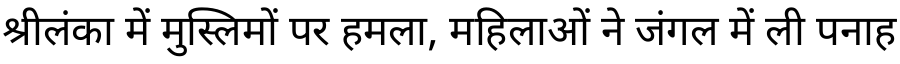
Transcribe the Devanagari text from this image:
श्रीलंका में मुस्लिमों पर हमला, महिलाओं ने जंगल में ली पनाह